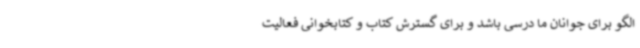
الگو برای جوانان ما درسی باشد و برای گسترش کتاب و کتابخوانی فعالیت